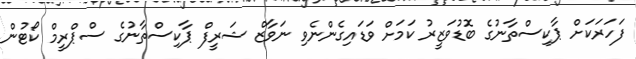
ފަހަރަކަށް ޕާކިސްތާނުގެ ބޮޑުވަޒީރު ކަމަށް ވަޑައިގެންނެވި ނަވާޒް ޝަރީފް ޕާކިސްތާނުގެ ސްޕްރީމް ކޯޓުން